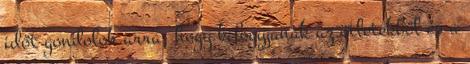
időt gondolok arra, hogy kifogyjanak az ötletekből és a